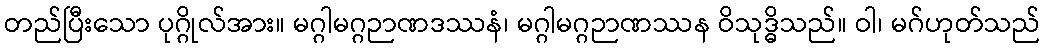
တည်ပြီးသော ပုဂ္ဂိုလ်အား။ မဂ္ဂါမဂ္ဂဉာဏဒဿနံ၊ မဂ္ဂါမဂ္ဂဉာဏဿန ဝိသုဒ္ဓိသည်။ ဝါ၊ မဂ်ဟုတ်သည်